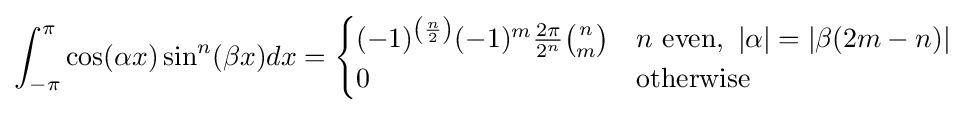
\int _{-\pi }^{\pi }\cos(\alpha x)\sin ^{n}(\beta x)dx={\begin{cases}(-1)^{\left({\frac {n}{2}}\right)}(-1)^{m}{\frac {2\pi }{2^{n}}}{\binom {n}{m}}&n{\text{ even}},\ |\alpha |=|\beta (2m-n)|\\0&{\text{otherwise}}\end{cases}}